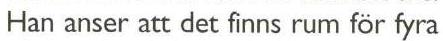
Han anser att det finns rum för fyra